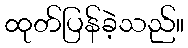
ထုတ်ပြန်ခဲ့သည်။